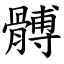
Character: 髆